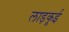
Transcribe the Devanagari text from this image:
लाड़कूई